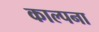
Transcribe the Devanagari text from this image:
काल्पना